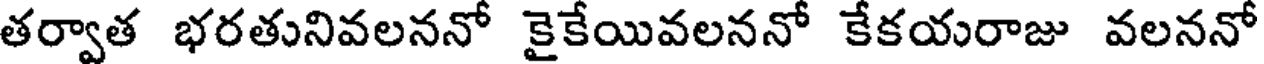
తర్వాత భరతునివలననో కైకేయివలననో కేకయరాజు వలననో